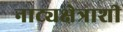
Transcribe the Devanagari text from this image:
नाट्यक्षेत्राशी